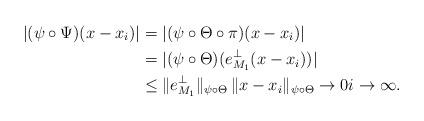
LaTeX: \begin{align*}|(\psi \circ \Psi) (x - x_i)| & = |(\psi \circ \Theta \circ \pi)(x - x_i)| \\& = |(\psi \circ \Theta)(e_{M_1}^\perp(x - x_i))| \\&\leq \|e_{M_1}^\perp\|_{\psi \circ \Theta} \, \|x - x_i\|_{\psi \circ \Theta} \to 0 i \to \infty.\end{align*}